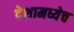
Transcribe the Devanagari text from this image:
देशामध्येच